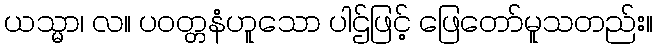
ယသ္မာ၊ လ။ ပဝတ္တနံဟူသော ပါဌ်ဖြင့် ဖြေတော်မူသတည်း။